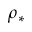
\rho _ { * }